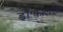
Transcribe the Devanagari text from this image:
डॉ॰कार्लोस